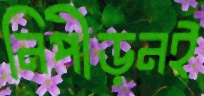
নিপীড়নই